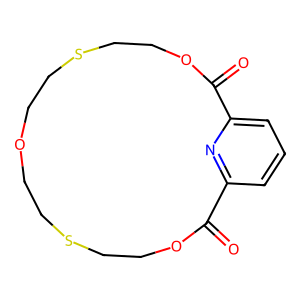
SMILES: O=C1OCCSCCOCCSCCOC(=O)c2cccc1n2
Inhibits HIV replication: No